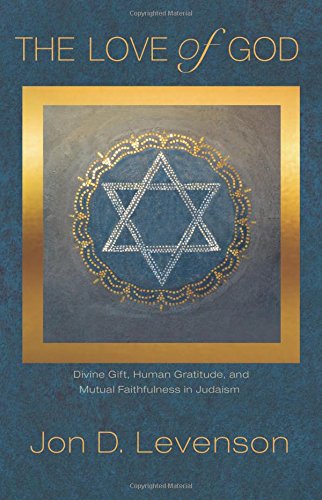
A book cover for The Love of God: Divine Gift, Human Gratitude, and Mutual Faithfulness in Judaism (Library of Jewish Ideas); Jon D. Levenson; History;